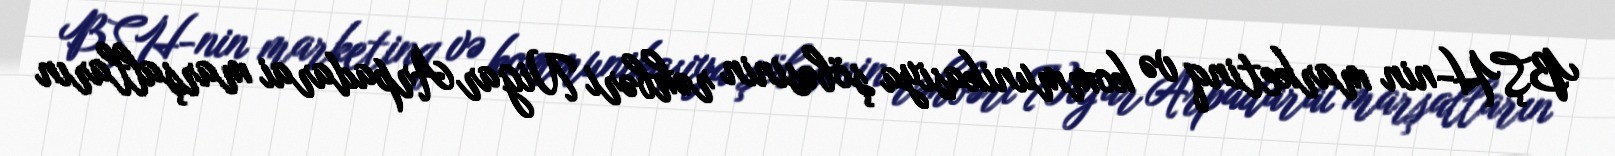
BŞH-nin marketinq və kommunikasiya şöbəsinin rəhbəri Nigar Arpadarai marşalların